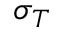
\sigma _ { T }